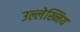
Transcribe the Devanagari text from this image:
उल्लेख्निय